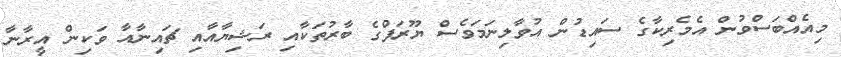
މިއެއްބަސްވުން އެމެރިކާގެ ސައިޑުން އުވާލިނަމަވެސް ޔޫރަޕްގެ ބާރުތަކާއި ރަޝިޔާއާއި ޗައިނާއާ ވަކިން އީރާނާ